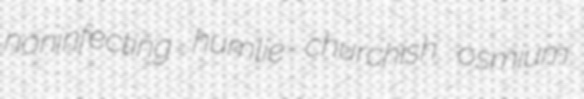
noninfecting humlie churchish osmium